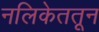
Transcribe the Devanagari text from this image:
नलिकेततून